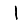
Digit: 1